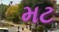
મટ